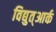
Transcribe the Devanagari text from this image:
विद्युत्आर्क